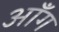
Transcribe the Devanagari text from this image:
ऑंग